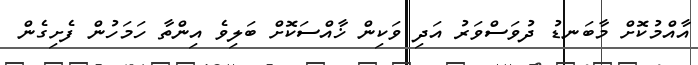
އާއްމުކޮށް މާބަނޑު ދުވަސްވަރު އަދި ވަކިން ޚާއްސަކޮށް ބަލިވެ އިންތާ ހަމަހުން ފެށިގެން